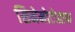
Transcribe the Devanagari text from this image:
सिनेमोटोग्राफ